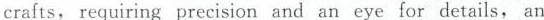
crafts, requiring precision and an eye for details, an